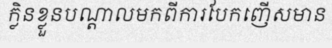
ក្លិនខ្លួនបណ្តាលមកពីការបែកញើសមាន